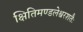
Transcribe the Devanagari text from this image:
क्षितिमण्डलेश्वरशतैः